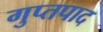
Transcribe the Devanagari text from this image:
गुप्तपाद